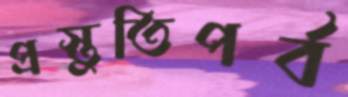
প্রস্তুতিপর্ব